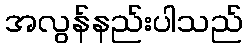
အလွန်နည်းပါသည်